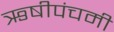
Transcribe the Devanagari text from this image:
ऋषीपंचमी